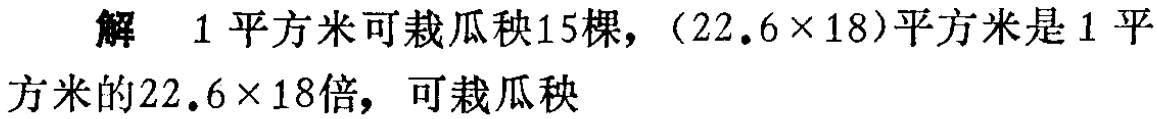
解 1平方米可栽瓜秧15棵，$(22.6\times 18)$平方米是1平方米的$22.6\times 18$倍，可栽瓜秧